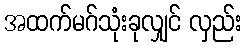
အထက်မဂ်သုံးခုလျှင် လှည်း